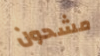
مشحون